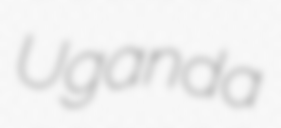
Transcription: Uganda